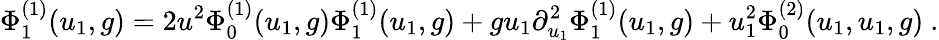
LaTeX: \Phi_{1}^{(1)}(u_{1},g)=2u^{2}\Phi_{0}^{(1)}(u_{1},g)\Phi_{1}^{(1)}(u_{1},g)+gu_{1}\partial_{u_{1}}^{2}\Phi_{1}^{(1)}(u_{1},g)+u_{1}^{2}\Phi_{0}^{(2)}(u_{1},u_{1},g)\ .